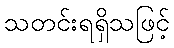
သတင်းရရှိသဖြင့်